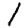
Digit: 1